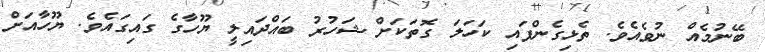
ބޭނުމެއް ނުވެއެވެ. ތެޅިގެންފައި ކަހަލަ ގޮތަކަށް ޝަހުރު ބައްދައިލީ ޔޫހާގެ ގައިގައެވެ. ޔޫހާއަށް